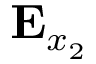
{ \bf E } _ { x _ { 2 } }